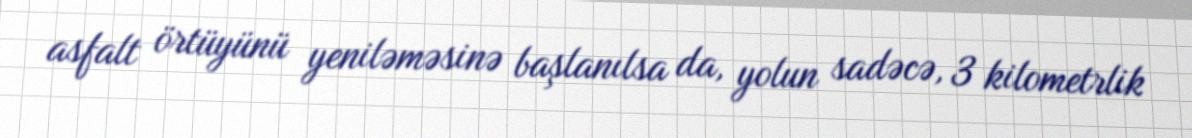
asfalt örtüyünü yeniləməsinə başlanılsa da, yolun sadəcə, 3 kilometrlik